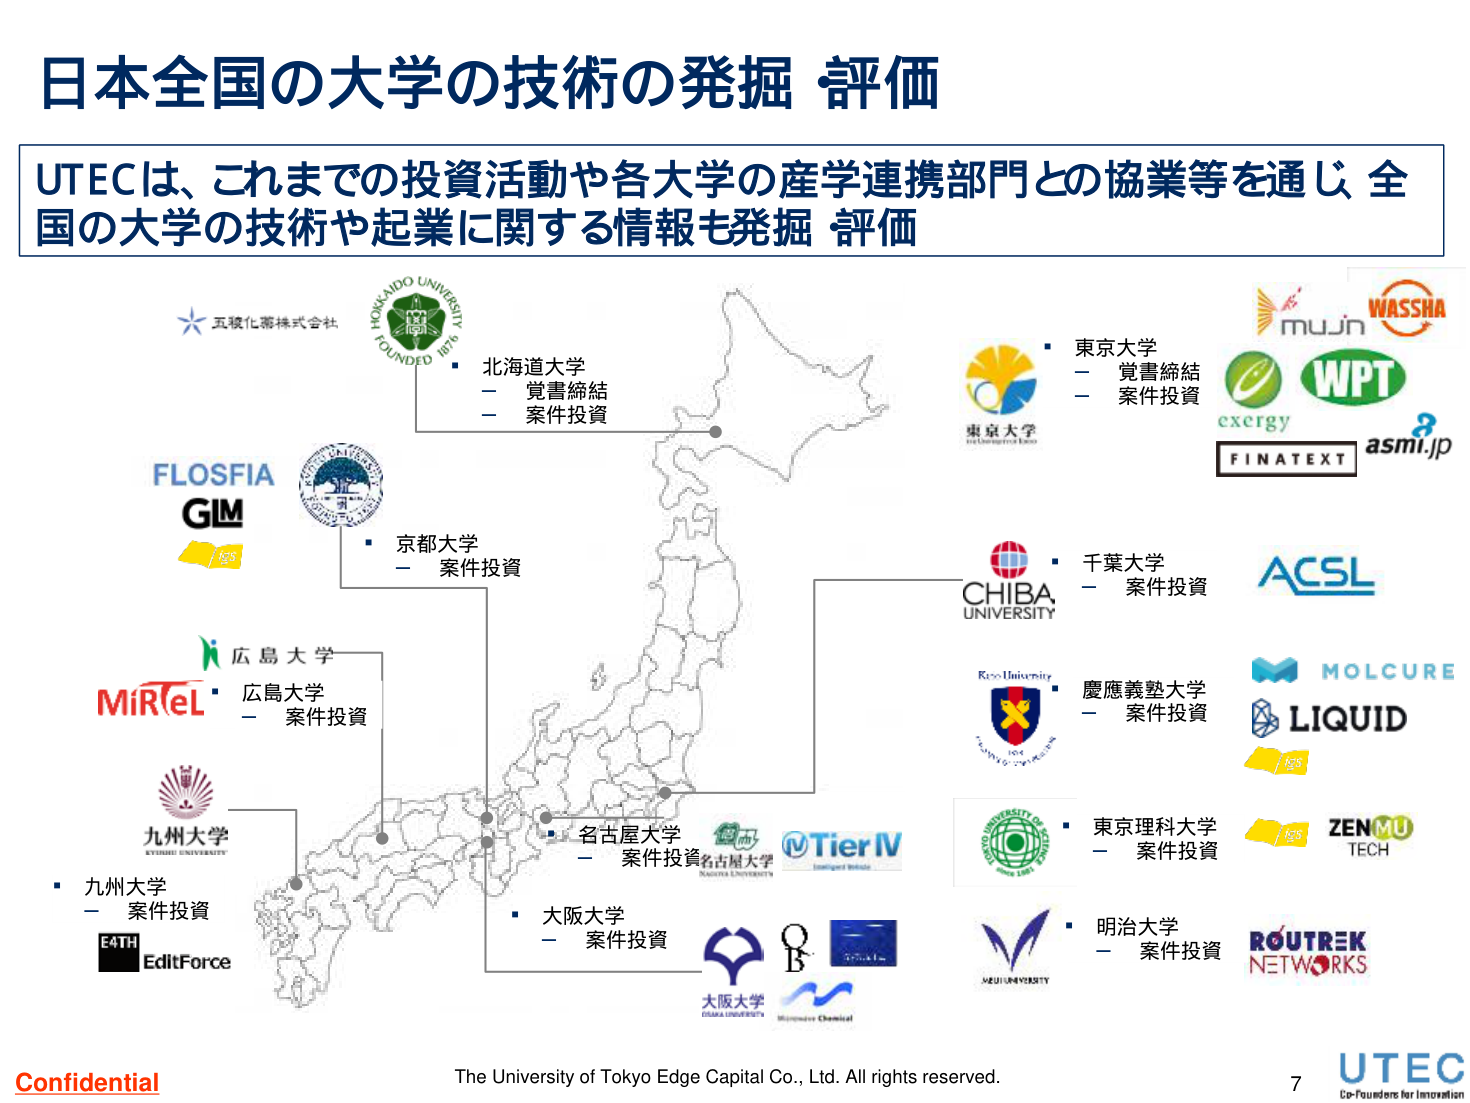
日本全国の大学の技術の発掘 評価

UTECは、これまでの投資活動や各大学の産学連携部門との協業等を通じ、全国の大学の技術や起業に関する情報も発掘 評価

五礦化薬株式会社
HOKKAIDO UNIVERSITY
FOUNDED 1876
北海道大学
- 覚書締結
- 案件投資

FLOSFIA
GIM
京都大学
- 案件投資

広島大学
MiRteL
- 案件投資

九州大学
KYUSHU UNIVERSITY
- 案件投資
E4TH
EditForce

名古屋大学
- 案件投資
名古屋大学
NAGOYA UNIVERSITY

大阪大学
- 案件投資
大阪大学
OSAKA UNIVERSITY
Innovative Chemical

東京大学
- 覚書締結
- 案件投資
東京大学
The University of Tokyo

WASSHA
mujin
exergy
WPT
FINATEXT
asmi.jp

千葉大学
- 案件投資
CHIBA UNIVERSITY

慶應義塾大学
- 案件投資
Keio University
1858

東京理科大学
- 案件投資
UNIVERSITY OF TOKYO
SINCE 1881

明治大学
- 案件投資
MEIJI UNIVERSITY

ACSL
MOLCURE
LIQUID
ZENMU TECH
ROUTREK NETWORKS

Tier IV
Intelligent Vehicle

Confidential
The University of Tokyo Edge Capital Co., Ltd. All rights reserved.
7
UTEC
Co-Founders for Innovation